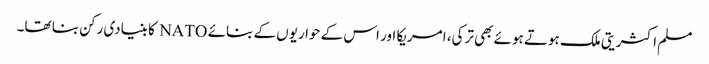
مسلم اکثریتی ملک ہوتے ہوئے بھی ترکی، امریکا اور اس کے حواریوں کے بنائے NATO کا بنیادی رکن بنا تھا۔